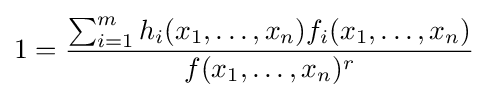
1={\frac {\sum _{i=1}^{m}h_{i}(x_{1},\dots ,x_{n})f_{i}(x_{1},\dots ,x_{n})}{f(x_{1},\dots ,x_{n})^{r}}}